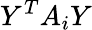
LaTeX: Y^{T}A_{i}Y